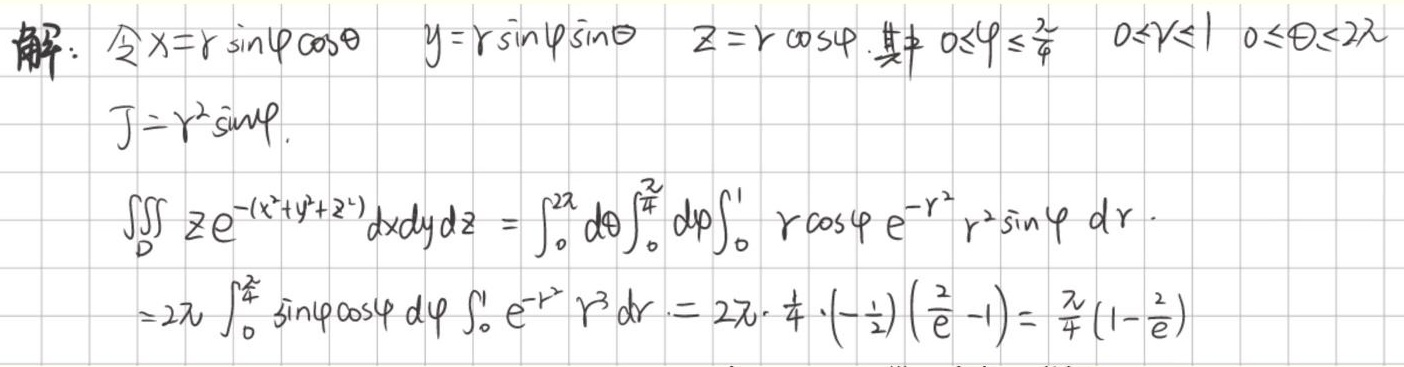
解：令$x = r\sin\varphi\cos\theta$，$y = r\sin\varphi\sin\theta$，$z = r\cos\varphi$，其中$0\leqslant\varphi\leqslant\frac{\pi}{4}$，$0\leqslant r\leqslant1$，$0\leqslant\theta\leqslant2\pi$。
$J = r^{2}\sin\varphi$。
\[
\begin{align*}
\iiint_{D}z e^{-(x^{2}+y^{2}+z^{2})}dxdydz&=\int_{0}^{2\pi}d\theta\int_{0}^{\frac{\pi}{4}}d\varphi\int_{0}^{1}r\cos\varphi e^{-r^{2}}r^{2}\sin\varphi dr\\
&=2\pi\int_{0}^{\frac{\pi}{4}}\sin\varphi\cos\varphi d\varphi\int_{0}^{1}e^{-r^{2}}r^{3}dr\\
&=2\pi\cdot\frac{1}{4}\cdot(-\frac{1}{2})(\frac{2}{e}-1)\\
&=\frac{\pi}{4}(1 - \frac{2}{e})
\end{align*}
\]